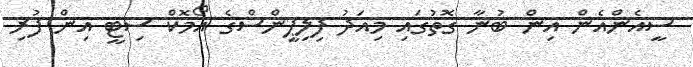
ސީއެންއެން އިން ބުނާ ގޮތުގައި މިއަދު ފިލިޕީންސްގެ އޯމޮކް ސިޓީ އިން ފުރި